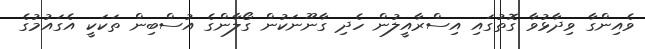
ވެއިންގާ ވިދާޅުވާ ގޮތުގައި އިސްރާއީލުން ހެދި ގާނޫނަކުން ގޯލާންގެ އުސްބިން ތަކަކީ އެގައުމުގެ